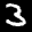
Label: 3